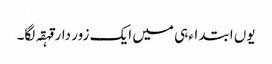
یوں ابتداءہی میں ایک زور دار قہقہ لگا۔